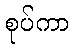
စုပ်ကာ